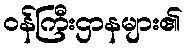
ဝန်ကြီးဌာနများ၏